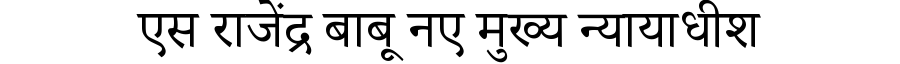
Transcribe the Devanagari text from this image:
एस राजेंद्र बाबू नए मुख्य न्यायाधीश